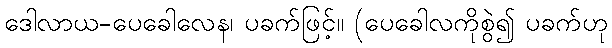
ဒေါလာယ-ပေခေါလေန၊ ပခက်ဖြင့်။ (ပေခေါလကိုစွဲ၍ ပခက်ဟု